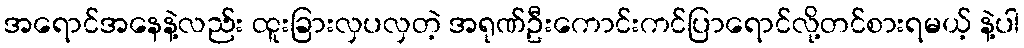
အရောင်အနေနဲ့လည်း ထူးခြားလှပလှတဲ့ အရုဏ်ဦးကောင်းကင်ပြာရောင်လို့တင်စားရမယ့် နဲ့ပါ